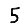
Digit: 5